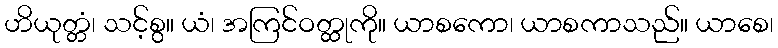
ဟိယုတ္တံ၊ သင့်စွ။ ယံ၊ အကြင်ဝတ္ထုကို။ ယာစကော၊ ယာစကာသည်။ ယာစေ၊